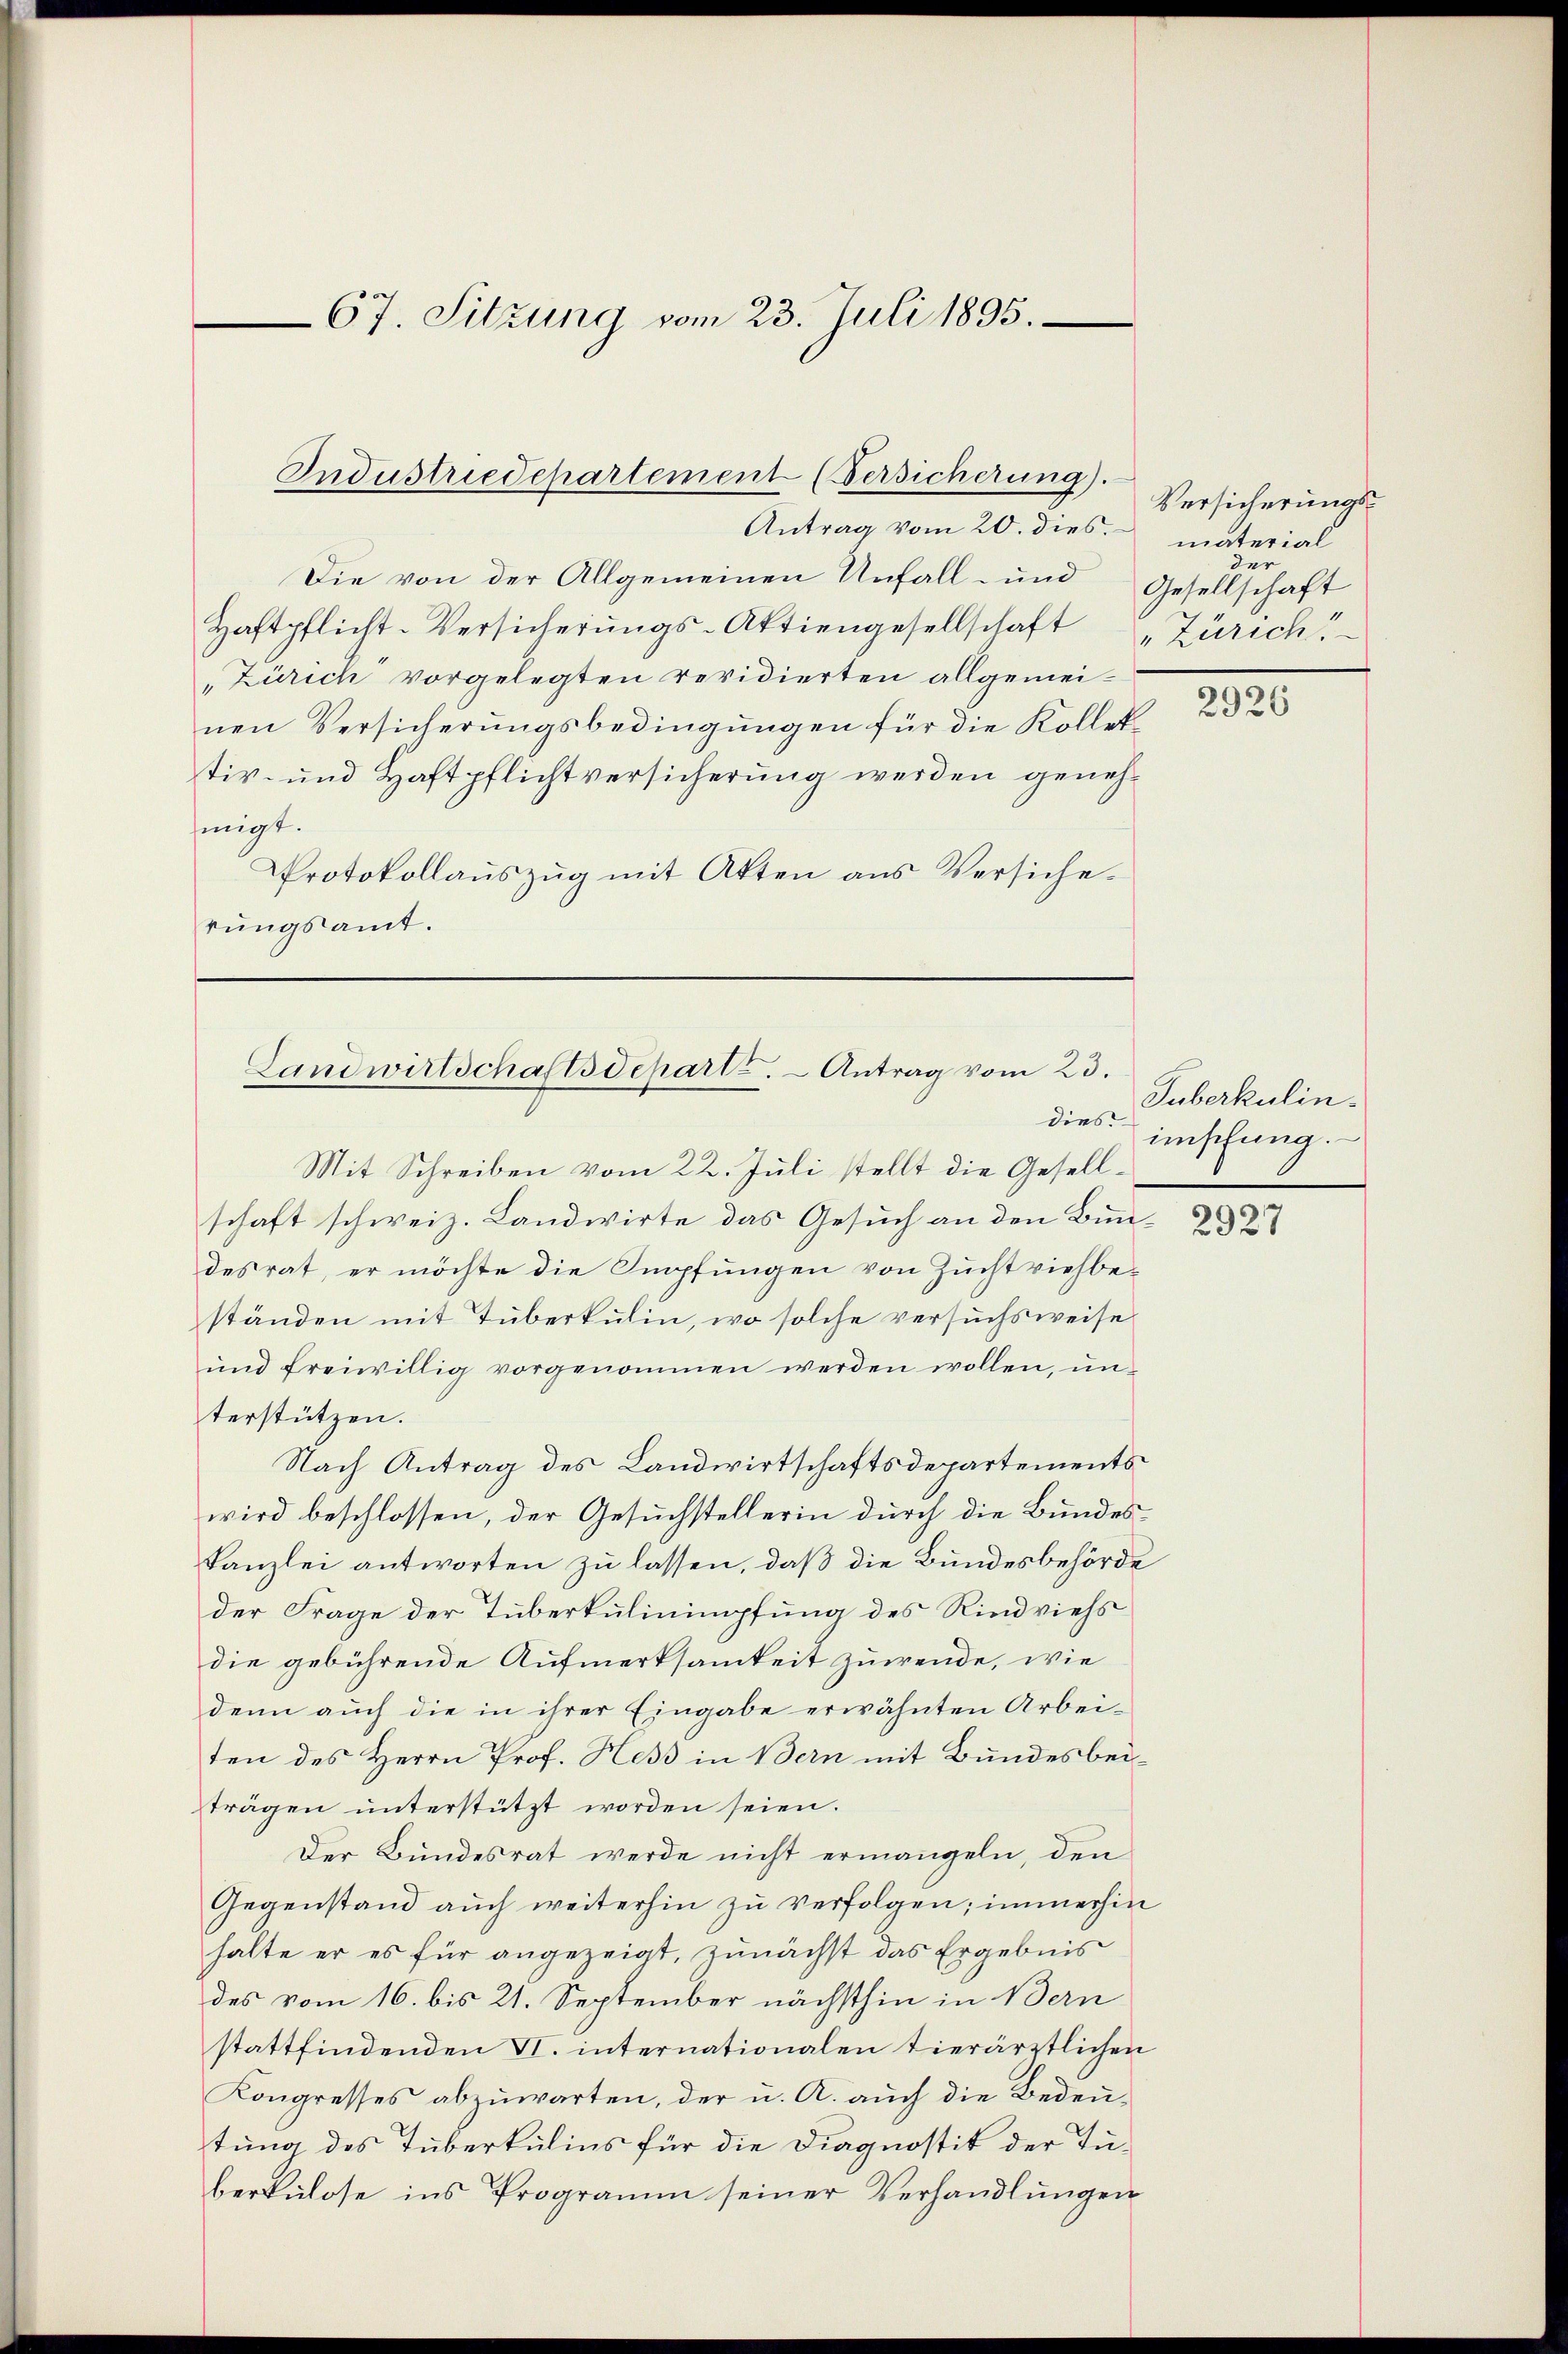
67. Sitzung vom 23. Juli 1895.

Antrag vom 20. dies material
Die von der Allgemeinen Unfall- und
Haftpflicht-Versicherŭngs-Aktiengesellschaft „Zürich
„Zürich vorgelegten revidierten allgemeinen Versicherungsbedingungen für die Kollek-
tiv- und Haftpflichtversicherung werden genehmigt.
Protokollaŭszŭg mit Atten aus Versiche-
rŭngsamt.

Industriedepartement (Versicherung).

Landwirtschaftsdepart. Antrag vom 23.
dies

Versicherungsder
Gesellschaft

Mit Schreiben vom 22. Juli stellt die Gesellschaft schweiz. Landwirte das Gesuch an den Bun-
desrat, er möchte die Impfungen von Zuchtviehbeständen mit Tuberkulin, wo solche versuchsweise
und freiwillig vorgenommen werden wollen, unterstützen.
Nach Antrag des Landwirtschaftsdepartements
wird beschlossen, der Gesuchstellerin durch die Bundeskanzlei antworten zu lassen, daß die Bundesbehörde
der Frage der Tuberkulinimpfung des Rindviehs
die gebührende Aufmerksamkeit zuwende, wie
denn auch die in ihrer Eingabe erwähnten Arbeiten des Herrn Prof. Hess in Bern mit Bundesbeiträgen ŭnterstützt worden seien.
Der Bundesrat werde nicht ermangeln, den
Gegenstand auch weiterhin zu verfolgen; immerhin
halte er es für angezeigt, zunächst das Ergebnis
des vom 16. bis 21. September nächsthin in Bern
stattfindenden II. internationalen tierärztlichen
Kongresses abzuwarten, der u. A. auch die Bedeutung des Tuberkulins für die Diagnostik der Tüberkulose ins Programm seiner Verhandlŭngen

2926

Tuberkulin.
ünschung.